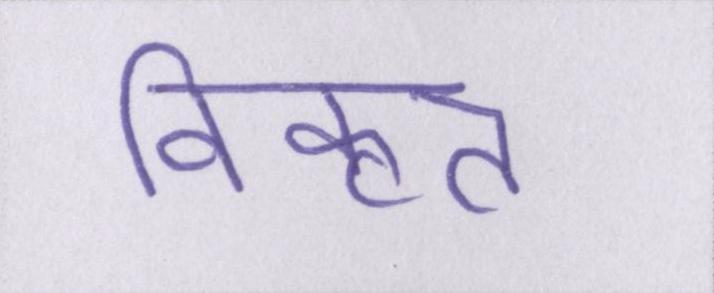
विकृत